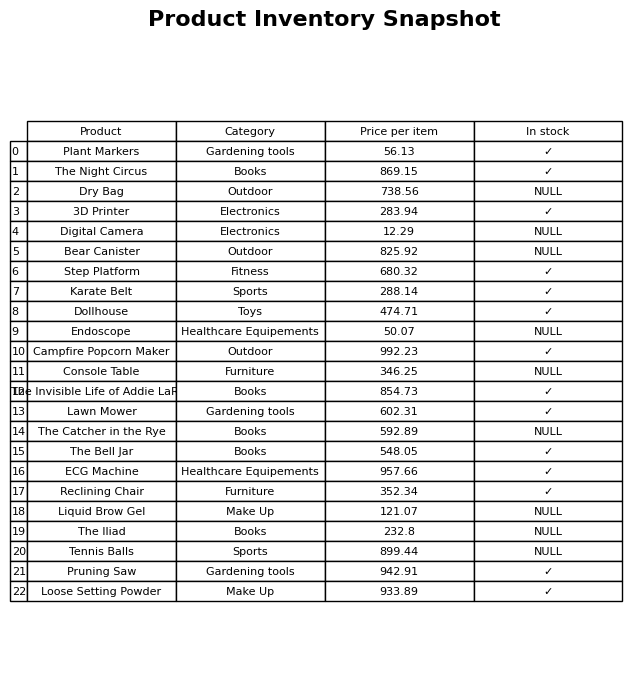
question: What is the price for The Iliad?
answer: The price of The Iliad is 232.8.